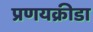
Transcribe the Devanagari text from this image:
प्रणयक्रीडा